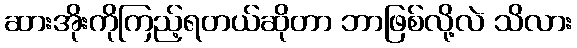
ဆားအိုးကိုကြည့်ရတယ်ဆိုတာ ဘာဖြစ်လို့လဲ သိလား